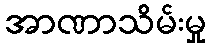
အာဏာသိမ်းမှု